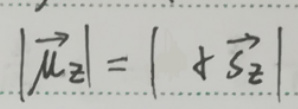
\[
\left|\overrightarrow{\mu_{z}}\right|=\left|\hbar \overrightarrow{S_{z}}\right|
\]